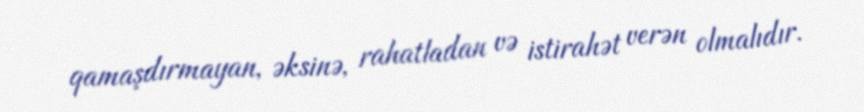
qamaşdırmayan, əksinə, rahatladan və istirahət verən olmalıdır.